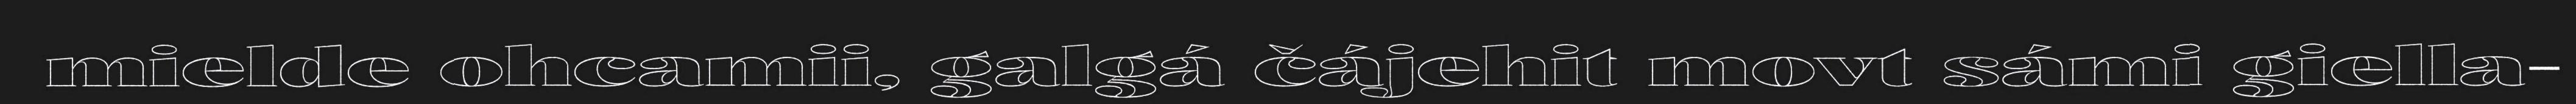
mielde ohcamii, galgá čájehit movt sámi giella-